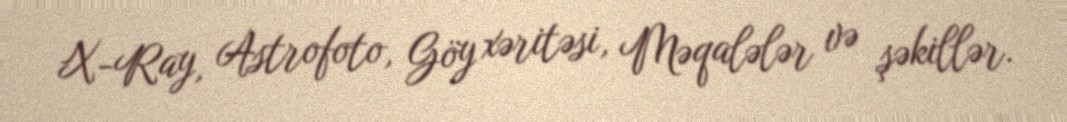
X-Ray, Astrofoto, Göy xəritəsi, Məqalələr və şəkillər.